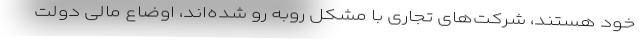
خود هستند، شرکت‌های تجاری با مشکل روبه رو شده‌اند، اوضاع مالی دولت